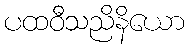
ပထဝီသညိနိယော